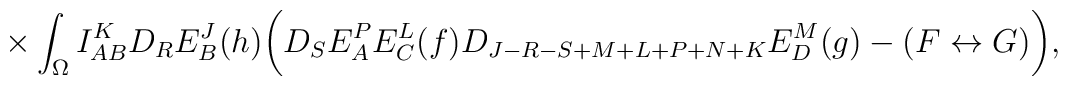
\times \int_{\Omega}I^K_{AB}D_RE^J_B(h)\biggl( D_SE^P_AE^L_C(f)D_{J- R-S+M+L+P+N+K}E^M_D(g)-(F\leftrightarrow G)\biggr) ,